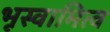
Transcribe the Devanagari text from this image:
भूस्वामित्व